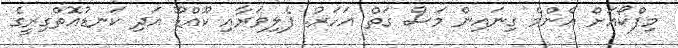
މިފްކޯއަށް އެންމެ ގިނައިން މަސް ގަތް އަހަރު. ފެލިވަރާއި ކޫއްޑޫ އަދި ކަނޑުއޮތްގިރީގެ